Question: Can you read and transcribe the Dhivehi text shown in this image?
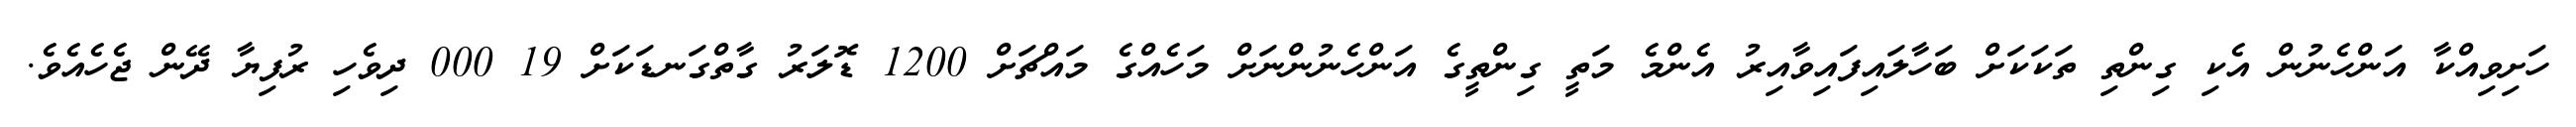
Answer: ހަށިވިއްކާ އަންހެނުން އެކި ގިންތި ތަކަކަށް ބަހާލައިފައިވާއިރު އެންމެ މަތީ ގިންތީގެ އަންހެނުންނަށް މަހެއްގެ މައްޗަށް 1200 ޑޮލަރު ގާތްގަނޑަކަށް 19 000 ދިވެހި ރުފިޔާ ދޭން ޖެހެއެވެ.